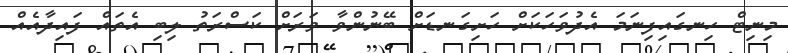
މިނިޓް ހިނގައިފިނަމަ އެދުވަހަކަށް ހަށިގަނޑަށް ބޭނުންވާ ވަރަށް ކަސްރަތު ލިބި އެތައް ފައިދާއެއް